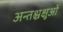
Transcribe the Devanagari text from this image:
अन्तश्चक्षुओं